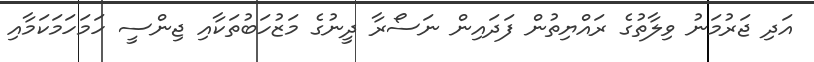
އަދި ޖަރުމަނު ވިލާތުގެ ރައްޔިތުން ފަދައިން ނަސޯރާ ދީނުގެ މަޒުހަބުތަކާއި ޖިންސީ ހަމަހަމަކަމާއި